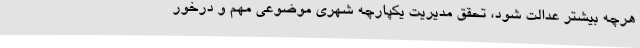
هرچه بیشتر عدالت شود، تحقق مدیریت یکپارچه شهری موضوعی مهم و درخور